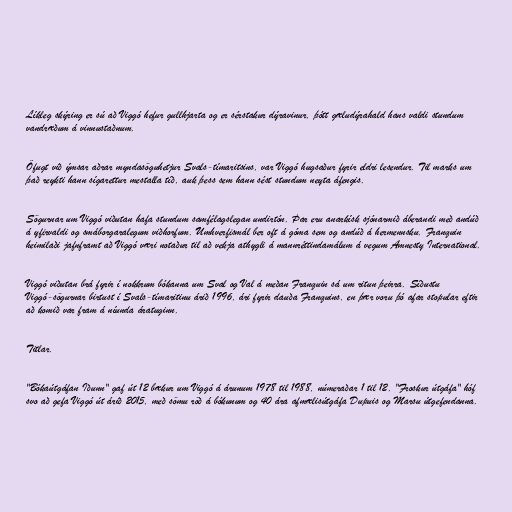
Líkleg skýring er sú að Viggó hefur gullhjarta og er sérstakur dýravinur, þótt gæludýrahald hans valdi stundum
vandræðum á vinnustaðnum.

Öfugt við ýmsar aðrar myndasöguhetjur Svals-tímaritsins, var Viggó hugsaður fyrir eldri lesendur. Til marks um
það reykti hann sígarettur mestalla tíð, auk þess sem hann sést stundum neyta áfengis.

Sögurnar um Viggó viðutan hafa stundum samfélagslegan undirtón. Þar eru anarkísk sjónarmið áberandi með andúð
á yfirvaldi og smáborgaralegum viðhorfum. Umhverfismál ber oft á góma sem og andúð á hermennsku. Franquin
heimilaði jafnframt að Viggó væri notaður til að vekja athygli á mannréttindamálum á vegum Amnesty International.

Viggó viðutan brá fyrir í nokkrum bókanna um Sval og Val á meðan Franquin sá um ritun þeirra. Síðustu
Viggó-sögurnar birtust í Svals-tímaritinu árið 1996, ári fyrir dauða Franquins, en þær voru þó afar stopular eftir
að komið var fram á níunda áratuginn.

Titlar.

"Bókaútgáfan Iðunn" gaf út 12 bækur um Viggó á árunum 1978 til 1988, númeraðar 1 til 12. "Froskur útgáfa" hóf
svo að gefa Viggó út árið 2015, með sömu röð á bókunum og 40 ára afmælisútgáfa Dupuis og Marsu útgefendanna.